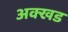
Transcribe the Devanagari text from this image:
अक्खड